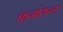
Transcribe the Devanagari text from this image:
फ़्लोराल्स